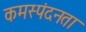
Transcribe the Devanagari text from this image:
कमस्पंदनता